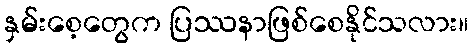
နှမ်းစေ့တွေက ပြဿနာဖြစ်စေနိုင်သလား။